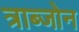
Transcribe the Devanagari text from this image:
त्राब्जोन